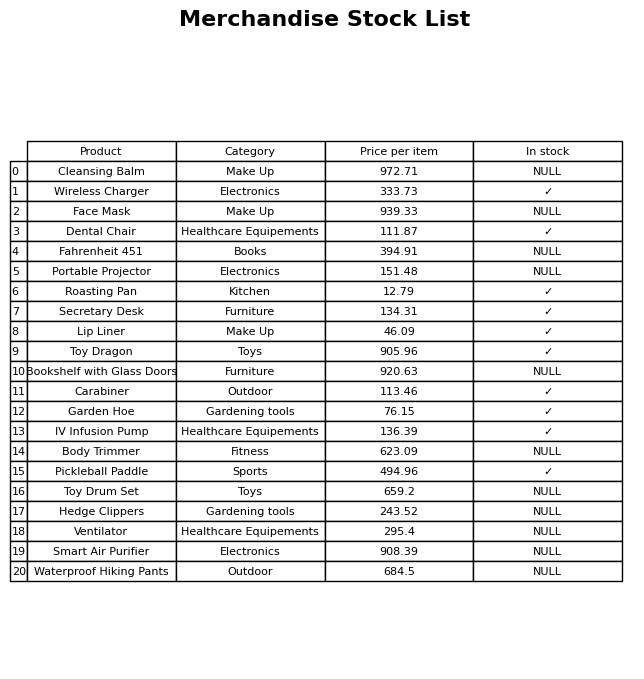
question: What is the stock status of the Portable Projector?
answer: NULL